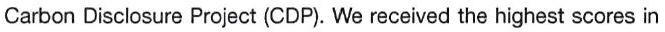
Carbon Disclosure Project (CDP). We received the highest scores in